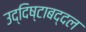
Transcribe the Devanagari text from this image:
उद्दिष्टाबद्दल